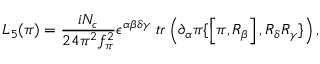
{ \cal L } _ { 5 } ( \pi ) = \frac { i N _ { c } } { 2 4 \pi ^ { 2 } f _ { \pi } ^ { 2 } } \epsilon ^ { \alpha \beta \delta \gamma } \; t r \left( \partial _ { \alpha } \pi \{ \left[ \pi , R _ { \beta } \right] , R _ { \delta } R _ { \gamma } \} \right) ,